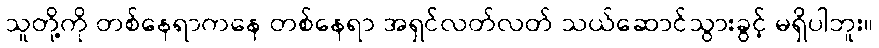
သူတို့ကို တစ်နေရာကနေ တစ်နေရာ အရှင်လတ်လတ် သယ်ဆောင်သွားခွင့် မရှိပါဘူး။